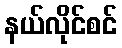
နယ်လိုင်စင်